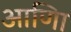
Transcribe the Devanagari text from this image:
आणिा